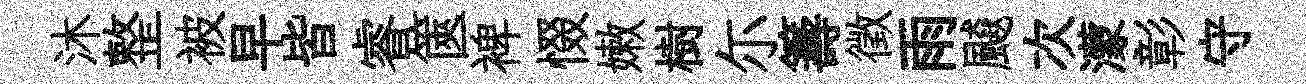
沐整被早皆睿篋裨惙嫩樹尓籌徵雨飇次濛彰守